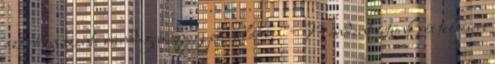
azonban szinte mindig megjegyzi valaki: “Mindent értünk, és teljesen